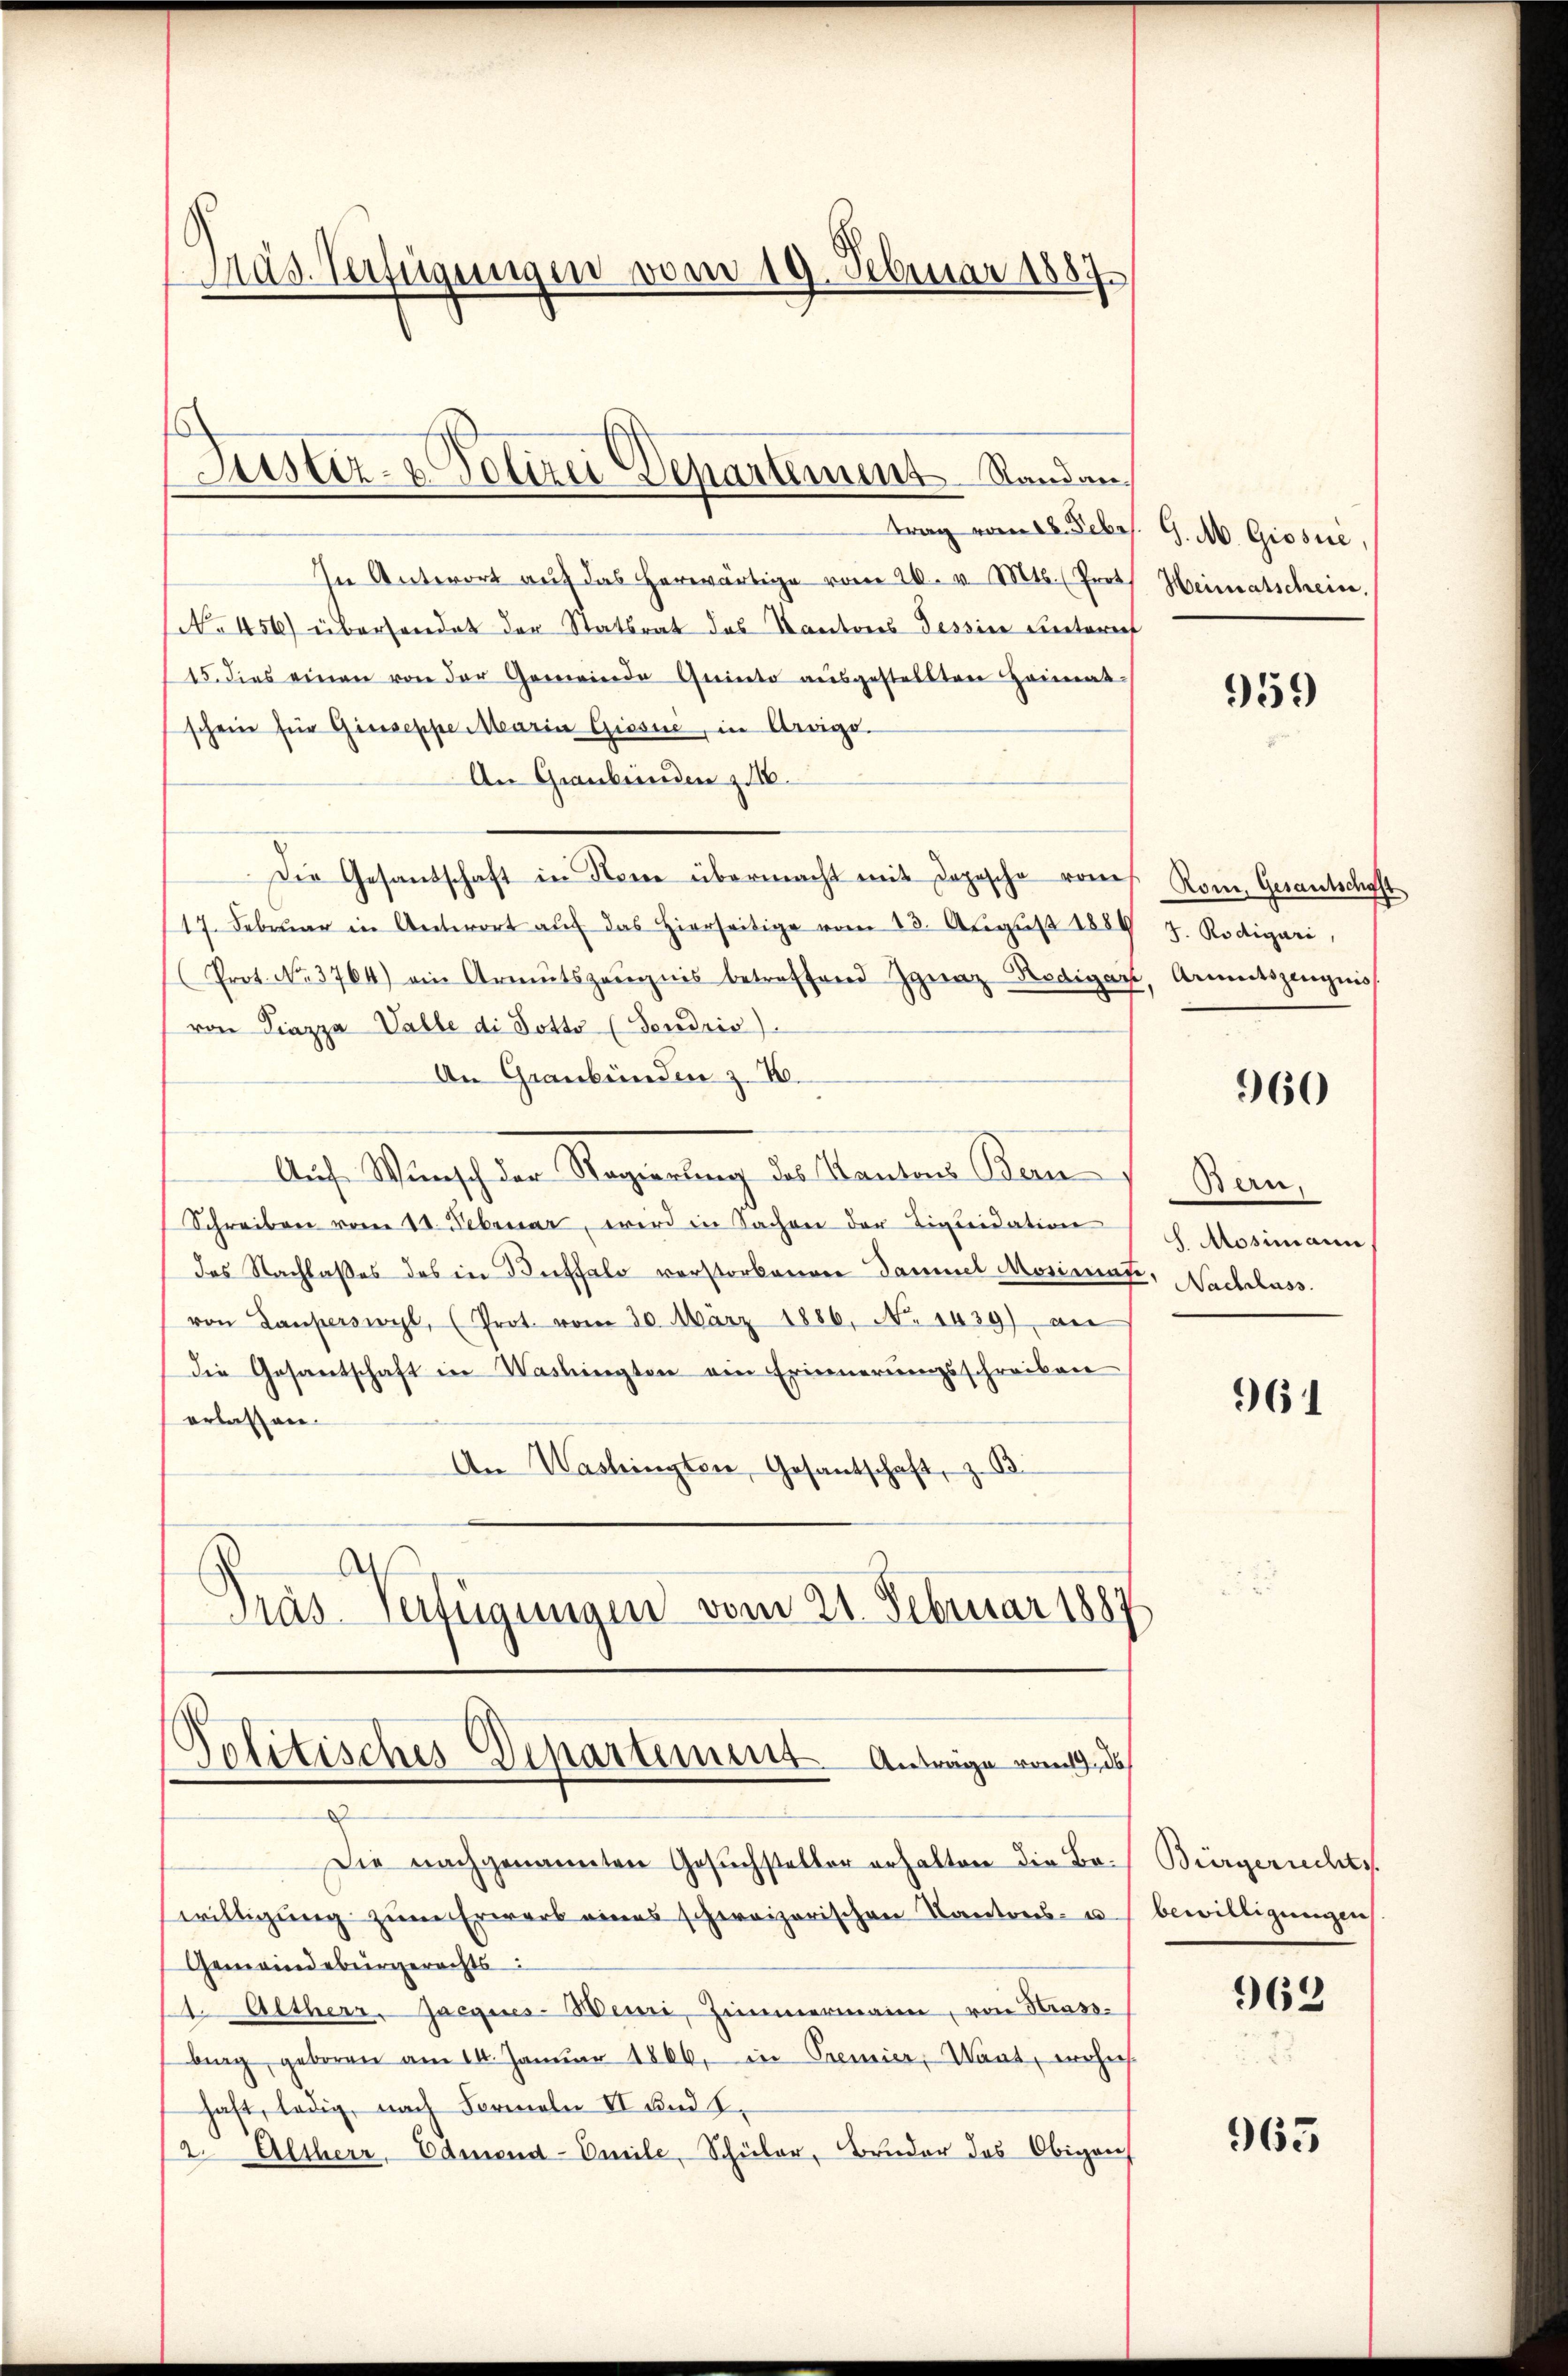
Präs. Verfügungen vom 19. Februar 1889.

Justiz- & Polizei Departement Randen,

trag vom 18. Febes.
In Antwort aŭf das herwärtige vom 26. v. Mts. (Prot. Heimatschein.
No 456) überhandet der Statsrat des Kantons Tessine Rectorent
15. dies einen von der Gemeinde Quinto ausgestellten Heimat-
schein für Giuseppe Maria Giesne, in Urvige.
An Graubünden z. 16.
Die Gesandschaft in Nom übermacht mit Dopische vom h. Rom. Gesantschaft
17. Febrŭar in Antwort aŭf das hierseitige vom 13. Aŭgŭst 1889
(Prot. No. 3764) ein Armutszeŭgnis betreffend Jgnaz Kodigar, Armutszeugniss
von Piazza Valle di Potto (Fendris).
An Graubünden z. B.
Auf Wunsch der Regierung des Kantons Bern
Schreiben vom 18. Februar, wird in Sachen der Liquidation
das Nachlasses des in Kraffalo verstorbenen Dammel Mosimas,
von Lauperswyl, (Prot. vom 30. März 1886. No 1439) an
die Gesantschaft in Washingten ein Erinnerungsschreiben
erlassen.
An Washingten, Gesantschaft, z. B.
¬
Präs. Verfügungen vom 21. Februar 1887

Politisches Departement. Anträge vom 19. de
d

Die nachgenannten Gesuchsteller erhalten die Beswilligung zum Erwarb eines schweizerischen Kantons- u. bewilligungen
Gemeindebürgerechts
Altherr Jacques-Weini, Zimmermann, von Strass-
brg geboren am 14. Januar 1866, in Premier, Wart, erhie
haft, ledig, nach Formeln II und 8.
12. Altherr, Edmond-Omile, Schüler, Bruder das Obigen

G. M. Giosić,

959

J. Rodigari,

960

Ban.
J. Mosimann,
Nachlass.

961

Bürgerrechts.

962

963